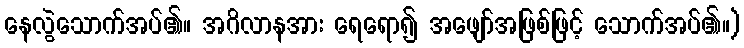
နေလွဲသောက်အပ်၏။ အဂိလာနအား ရေရော၍ အဖျော်အဖြစ်ဖြင့် သောက်အပ်၏။)